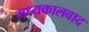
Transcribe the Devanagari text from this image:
मध्यकालवाद